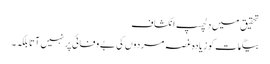
تحقیق میں دلچسپ انکشاف
بیگمات کو زیادہ غصہ مردوں کی بے وفائی پر نہیں آتا بلکہ۔